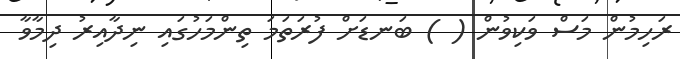
ރަހިމުން މަސް ވަކިވުން ( ) ބަނޑަށް ފުރަތަމަ ތިންމަހުގައި ނިދާއިރު ދިމާވާ